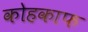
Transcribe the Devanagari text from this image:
कोहकाफ